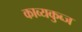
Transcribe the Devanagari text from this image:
काव्यकुब्ज